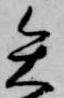
矢